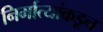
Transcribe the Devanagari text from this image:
निर्मात्यांकडून